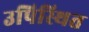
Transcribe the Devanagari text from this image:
उपिस्‍थित